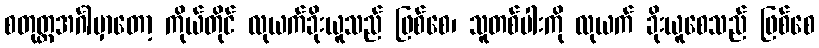
စတုတ္ထအင်္ဂါမှာတော့ ကိုယ်တိုင် လုယက်ခိုးယူသည် ဖြစ်စေ၊ သူတစ်ပါးကို လုယက် ခိုးယူစေသည် ဖြစ်စေ